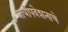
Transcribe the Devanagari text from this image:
प्रायोपवेशनाचे